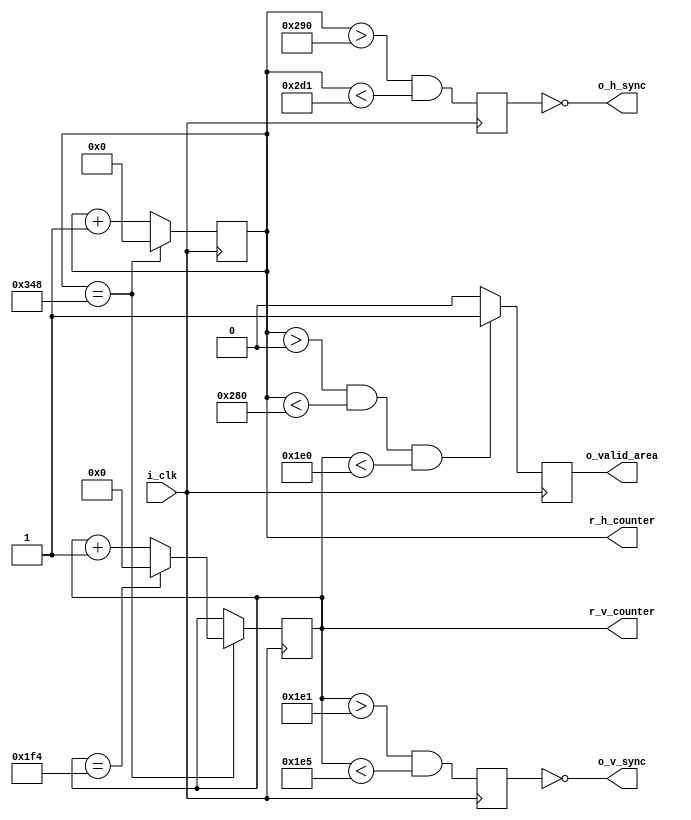
module hvgenerator
(
  input   wire      i_clk,
  output  wire      o_h_sync,
  output  wire      o_v_sync,
  output  reg [10:0] r_h_counter,
  output  reg [9:0] r_v_counter,
  output  wire      o_valid_area,
);

reg r_h_sync, r_v_sync = 1'b0;
reg r_valid_area  = 1'b0;

parameter max_h = 640 + 16 + 64 + 120;
parameter max_v = 480 +  1 +  3 +  16;


always @ ( posedge i_clk )
  begin
    if (r_h_counter == max_h)
      begin
        r_h_counter <= 1'b0;
      end
    else
      begin
        r_h_counter <= r_h_counter + 1;
      end
  end


always @ ( posedge i_clk )
  begin
    if (r_h_counter == max_h)
      begin
        if (r_v_counter == max_v)
            r_v_counter <= 1'b0;
        else
            r_v_counter <= r_v_counter + 1;
      end
  end

always @(posedge i_clk)
  begin
    r_h_sync <= ((r_h_counter > (640 + 16)) && (r_h_counter < (640 + 16 + 65)));   // active for 64 clocks
    r_v_sync <= ((r_v_counter > (480 +  1)) && (r_v_counter < (480 +  1 +  4)));   // active for  3 clocks
  end

always @( posedge i_clk )
begin
if (r_h_counter > 0 && r_h_counter < 640 && r_v_counter < 480)
  begin
      r_valid_area <= 1'b1;
  end
  else
  begin
      r_valid_area <= 1'b0;
  end
end



assign o_valid_area = r_valid_area;
assign o_h_sync = ~r_h_sync;
assign o_v_sync = ~r_v_sync;

endmodule